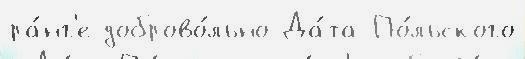
ра́нг'е доброво́льно Да́та По́льского